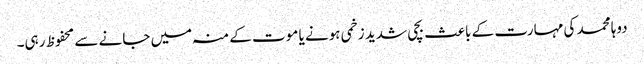
دوہا محمد کی مہارت کے باعث بچی شدید زخمی ہونے یا موت کے منہ میں جانے سے محفوظ رہی۔